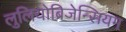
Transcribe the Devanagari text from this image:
लुलियोब्रिजेन्सियम